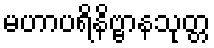
မဟာပရိနိဗ္ဗာနသုတ္တ